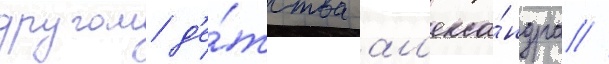
другом д'е́тства ал'екса́ндра //